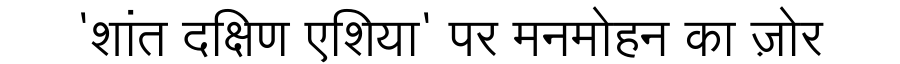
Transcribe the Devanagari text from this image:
'शांत दक्षिण एशिया' पर मनमोहन का ज़ोर